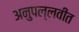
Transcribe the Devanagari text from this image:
अनुपल्लवीत